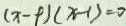
( x - p ) ( x - 1 ) = 0